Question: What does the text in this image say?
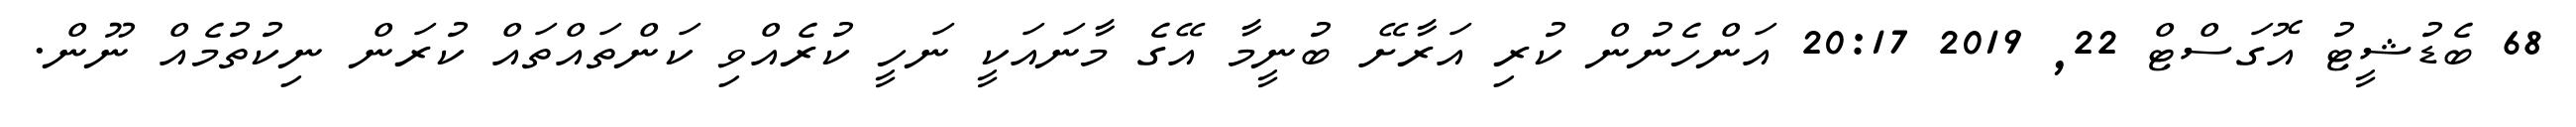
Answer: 68 ބެޑުޝީޓު އޮގަސްޓް 22, 2019 20:17 އަންހެނުން ކުރި އަރާށޭ ބުނީމާ އޭގެ މާނައަކީ ނަހީ ކުރެއްވި ކަންތައްތައް ކުރަން ނިކުތުމެއް ނޫން.